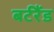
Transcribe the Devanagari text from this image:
बर्टरैंड